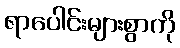
ရာပေါင်းများစွာကို